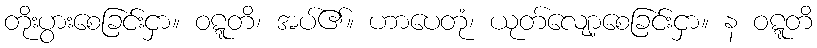
တိုးပွားစေခြင်းငှာ။ ဝဋ္ဋတိ၊ အပ်၏။ ဟာပေတုံ၊ ယုတ်လျော့စေခြင်းငှာ။ န ဝဋ္ဋတိ